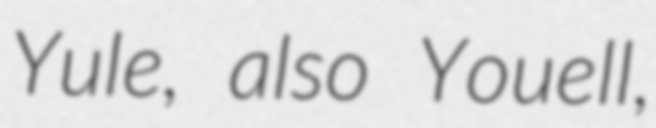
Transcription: Yule, also Youell,